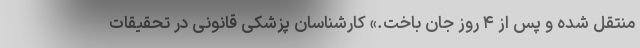
منتقل شده و پس از ۴ روز جان باخت.» کارشناسان پزشکی قانونی در تحقیقات